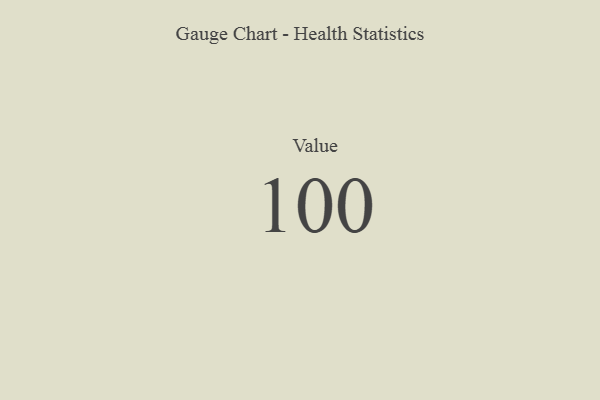
{"axis": {"x": "Metric", "y": "Value"}, "legend": [""], "data": [{"x": "Value", "y": 100, "type": ""}]}